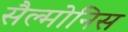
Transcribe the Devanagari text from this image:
सैल्मोनिस